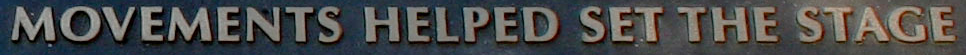
MOVEMENTS HELPED SET THE STAGE